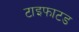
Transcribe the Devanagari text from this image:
टाइफाटड